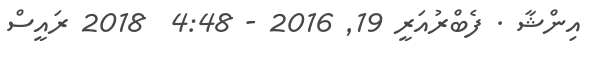
އިންޝާ . ފެބްރުއަރީ 19